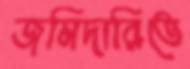
জমিদারিতে